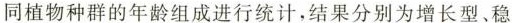
同植物种群的年龄组成进行统计，结果分别为增长型、稳